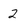
Character: 2